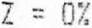
Z = 0%